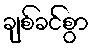
ချစ်ခင်စွာ